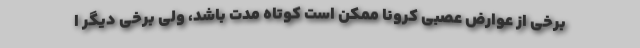
برخی از عوارض عصبی کرونا ممکن است کوتاه مدت باشد، ولی برخی دیگر ا